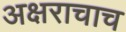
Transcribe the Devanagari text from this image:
अक्षराचाच